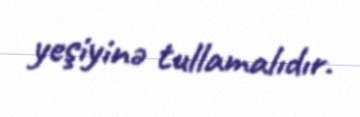
yeşiyinə tullamalıdır.